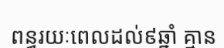
ពន្ធរយៈពេលដល់៩ឆ្នាំ គ្មាន